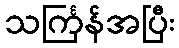
သင်္ကြန်အပြီး